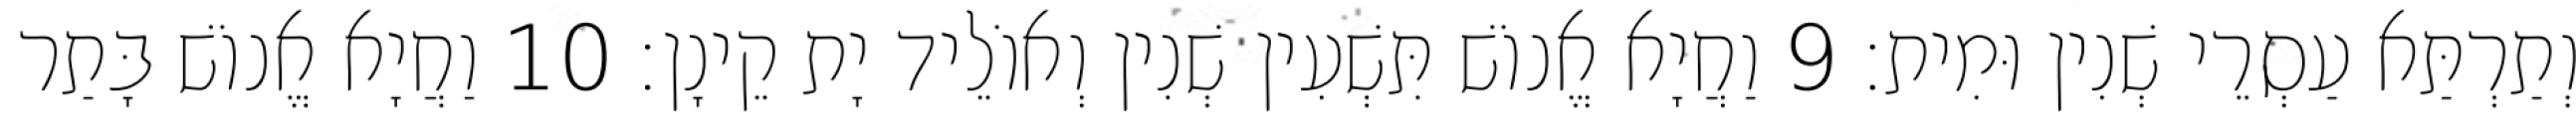
וְתַרְתַּא עַסְרֵי שְׁנִין וּמִית׃ 9 וַחֲיָא אֱנוֹשׁ תִּשְׁעִין שְׁנִין וְאוֹלֵיד יָת קֵינָן׃ 10 וַחֲיָא אֱנוֹשׁ בָּתַר